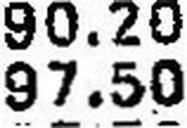
97.50